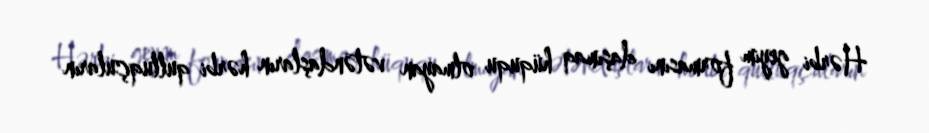
Hərbi geyim formasını daşımaq hüququ olmayan vətəndaşların hərbi qulluqçuların